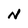
Character: N